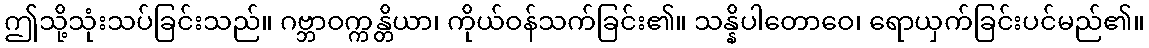
ဤသို့သုံးသပ်ခြင်းသည်။ ဂဗ္ဘာဝက္ကန္တိယာ၊ ကိုယ်ဝန်သက်ခြင်း၏။ သန္နိပါတောဝေ၊ ရောယှက်ခြင်းပင်မည်၏။